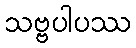
သဗ္ဗပါပဿ